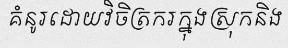
គំនូរដោយវិចិត្រករក្នុងស្រុកនិង